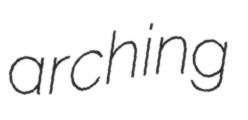
arching